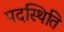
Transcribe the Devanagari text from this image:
पदस्थिति